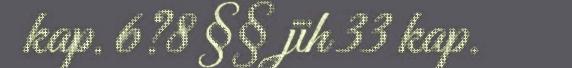
kap. 6?8 §§ jïh 33 kap.